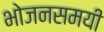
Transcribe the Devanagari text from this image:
भोजनसमयी